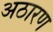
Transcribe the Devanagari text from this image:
अठारण